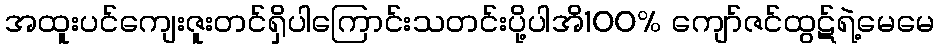
အထူးပင်ကျေးဇူးတင်ရှိပါကြောင်းသတင်းပို့ပါအိ100% ကျော်ဇင်ထွဋ်ရဲ့မေမေ